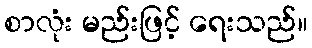
စာလုံး မည်းဖြင့် ရေးသည်။